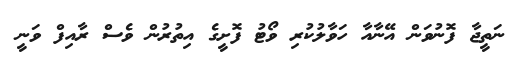
ނަތީޖާ ފޮނުވަން އޭނާއާ ހަވާލުކުރި ވޯޓު ފޮށީގެ އިތުރުން ވެސް ރާއިފް ވަނީ